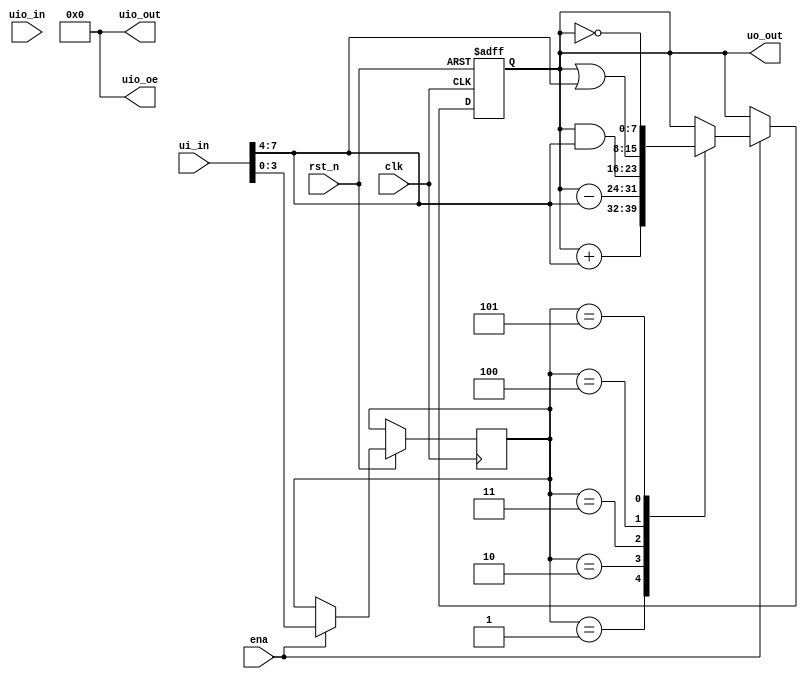
module tt_um_sunaofurukawa_cpu_8bit (
    input wire clk,
    input wire rst_n,
    input  wire [7:0] ui_in,    // Dedicated inputs
    output wire [7:0] uo_out,   // Dedicated outputs
    input  wire [7:0] uio_in,   // IOs: Input path
    output wire [7:0] uio_out,  // IOs: Output path
    output wire [7:0] uio_oe,   // IOs: Enable path (active high: 0=input, 1=output)
    input  wire       ena,      // will go high when the design is enabled
);

    // Define the instruction set
    localparam ADD = 4'b0001;
    localparam SUB = 4'b0010;
    localparam AND = 4'b0011;
    localparam OR = 4'b0100;
    localparam NOT = 4'b0101;

    // Define the registers
    reg [7:0] regA;
    
    // Define the instruction register
    reg [3:0] instruction;

    always @(posedge clk or negedge rst_n) begin
        if (!rst_n) begin
            regA <= 8'b0;
        end else if (ena == 1'b1) begin
            instruction <= ui_in[3:0];
            case (instruction)
                ADD: regA <= regA + ui_in[7:4];
                SUB: regA <= regA - ui_in[7:4];
                AND: regA <= regA & ui_in[7:4];
                OR: regA <= regA | ui_in[7:4];
                NOT: regA <= ~regA;
            endcase
        end
    end
    // Disable all bidir outputs: make them inputs only:
    assign uio_oe = 8'b00000000;
    // The following will never be used, but satisfies the synthesis of output drivers anyway:
    assign uio_out = 8'd0;
    assign uo_out = regA;

endmodule